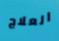
العلاج